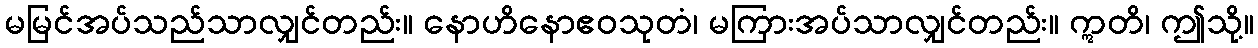
မမြင်အပ်သည်သာလျှင်တည်း။ နောဟိနောဧဝသုတံ၊ မကြားအပ်သာလျှင်တည်း။ ဣတိ၊ ဤသို့။